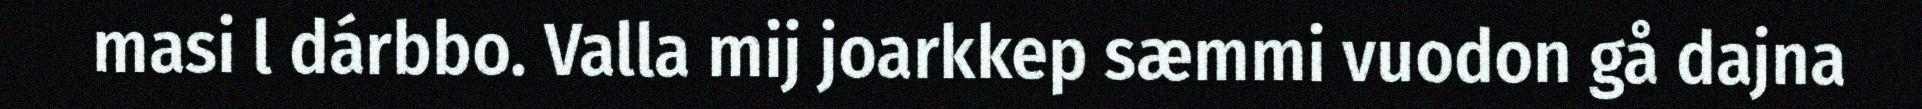
masi l dárbbo. Valla mij joarkkep sæmmi vuodon gå dajna